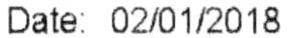
DATE: 02/01/2018